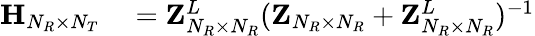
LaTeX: \begin{array}{rl}{{\mathbf{H}}_{N_{R}\times N_{T}}}&{{}={\mathbf{Z}}_{N_{R}\times N_{R}}^{L}({\mathbf{Z}}_{N_{R}\times N_{R}}+{\mathbf{Z}}_{N_{R}\times N_{R}}^{L})^{-1}}\end{array}